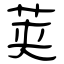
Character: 荚